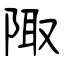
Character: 陬